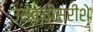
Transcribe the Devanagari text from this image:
उसेक्वींस्रीशे